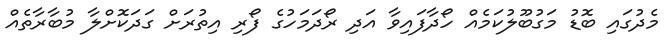
މެދުގައި ބޮޑު މަގުބޫލުކަމެއް ހޯދާފައިވާ އަދި ރޯދަމަހުގެ ފޯރި އިތުރަށް ގަދަކޮށްލާ މުބާރާތެއް